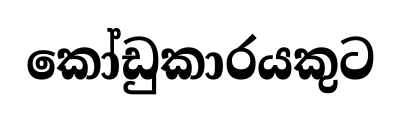
කෝඩුකාරයකුට